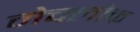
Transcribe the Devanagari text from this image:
मेचलोक